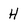
Character: H